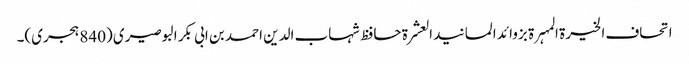
اتحاف الخیرۃ المہرۃ بزوائد المسانید العشرۃ حافظ شہاب الدین احمد بن ابی بکر البوصیری (840 ہجری)۔